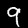
Digit: 9